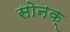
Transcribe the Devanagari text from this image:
सोनक्